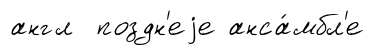
англ поздн'еjе анса́мбл'е